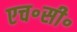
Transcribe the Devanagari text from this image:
एच॰सी॰